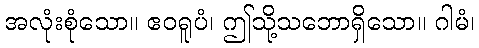
အလုံးစုံသော။ ဧဝရူပံ၊ ဤသို့သဘောရှိသော။ ဂါမံ၊